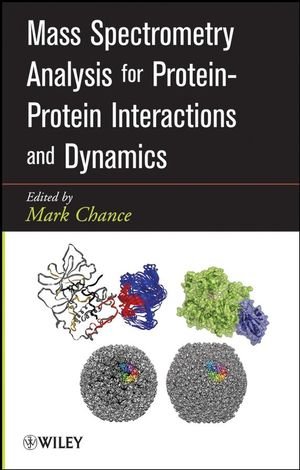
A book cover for Mass Spectrometry Analysis for Protein-Protein Interactions and Dynamics; M. Chance; Science & Math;